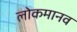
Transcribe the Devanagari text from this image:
लोकमानव